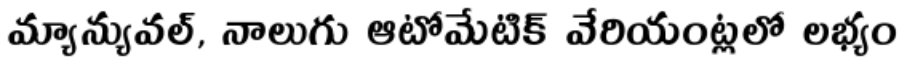
మ్యాన్యువల్, నాలుగు ఆటోమేటిక్ వేరియంట్లలో లభ్యం